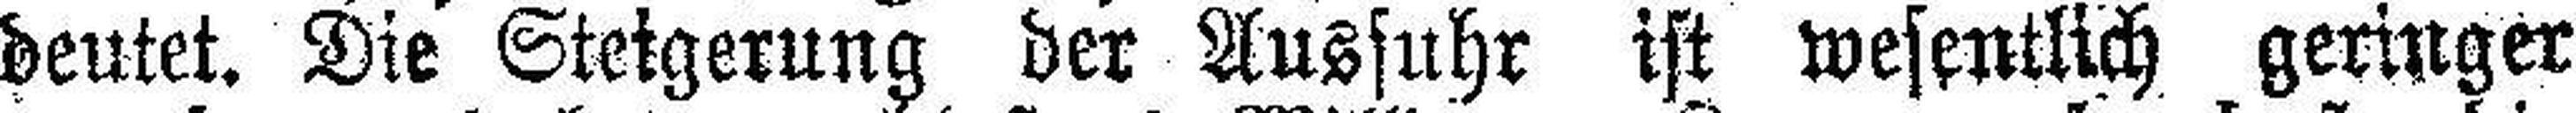
deutet. Die Steigerung der Ausfuhr ist wesentlich geringer